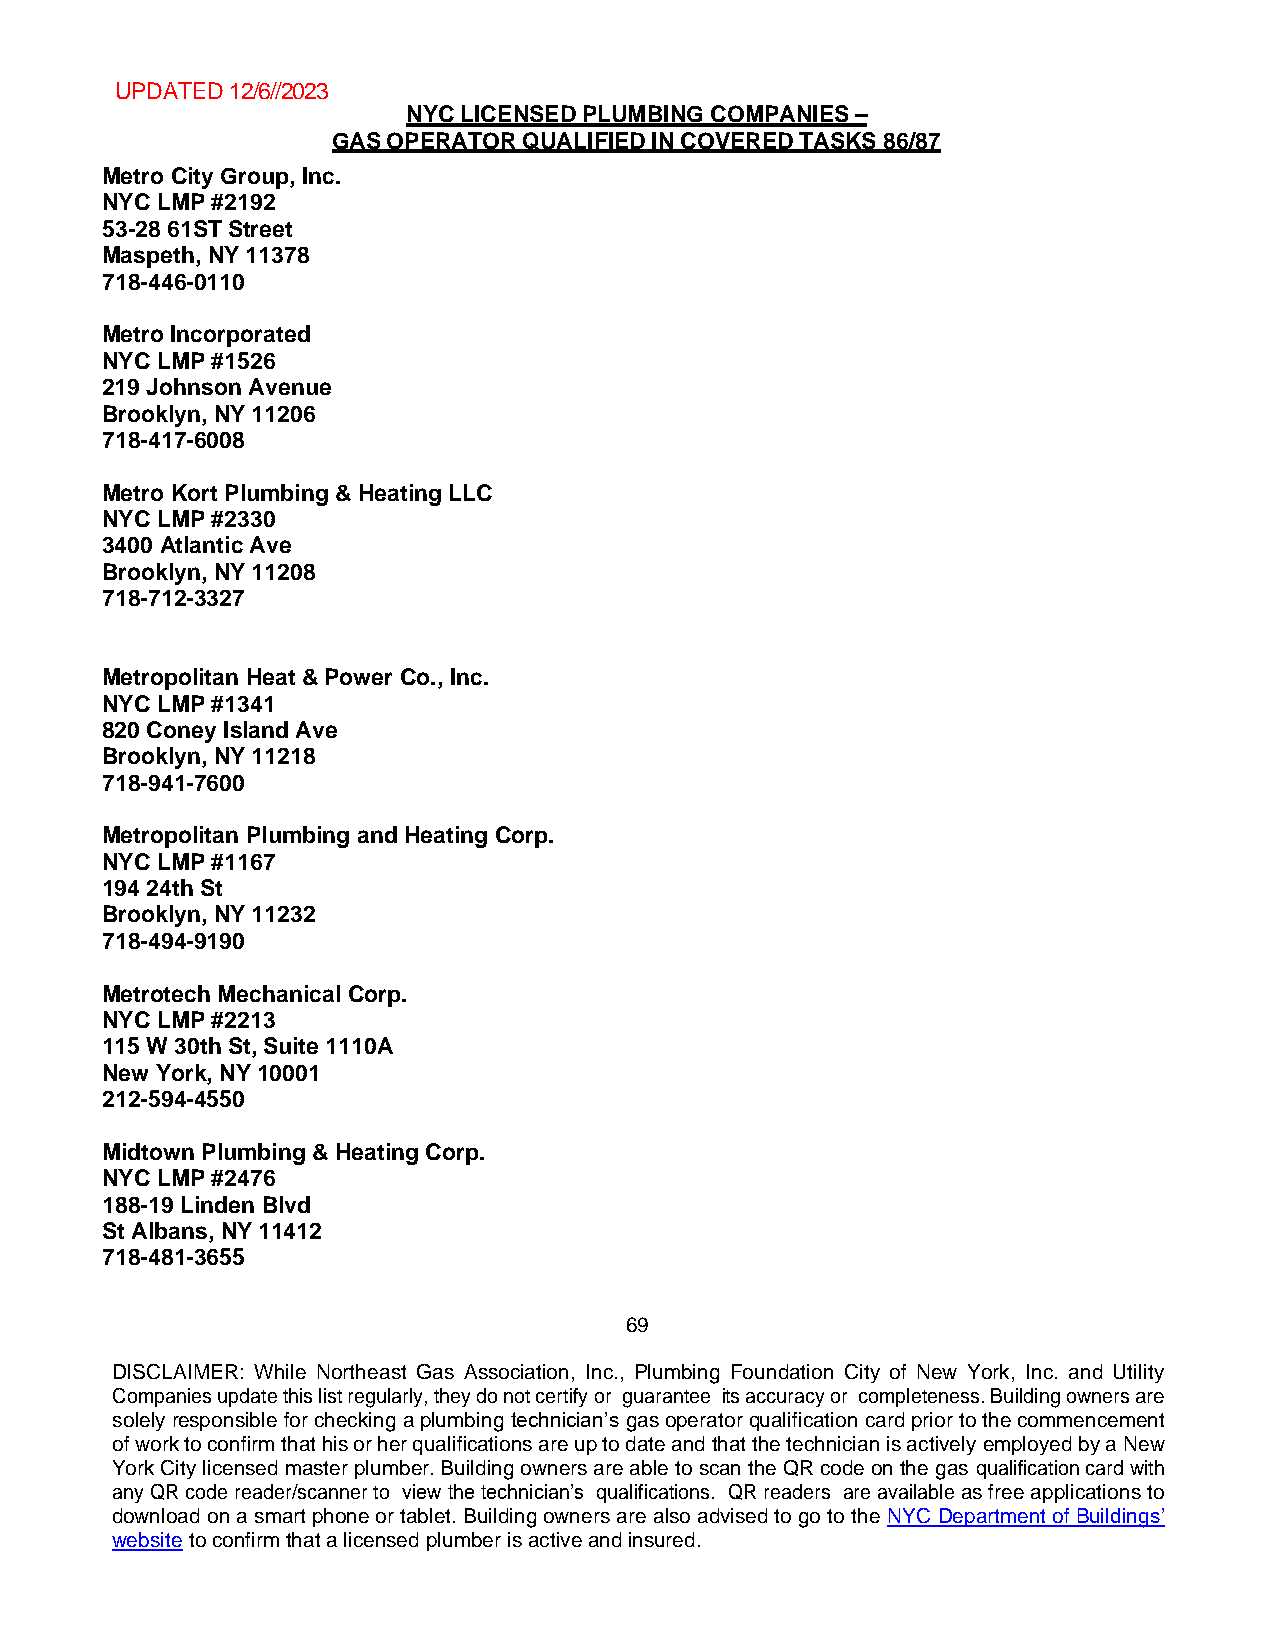
UPDATED 12/6//2023
 NYC LICENSED PLUMBING COMPANIES –
 GAS OPERATOR QUALIFIED IN COVERED TASKS 86/87
 Metro City Group, Inc.
 NYC LMP #2192
 53-28 61ST Street
 Maspeth, NY 11378
 718-446-0110
 Metro Incorporated
 NYC LMP #1526
 219 Johnson Avenue
 Brooklyn, NY 11206
 718-417-6008
 Metro Kort Plumbing & Heating LLC
 NYC LMP #2330
 3400 Atlantic Ave
 Brooklyn, NY 11208
 718-712-3327
 Metropolitan Heat & Power Co., Inc.
 NYC LMP #1341
 820 Coney Island Ave
 Brooklyn, NY 11218
 718-941-7600
 Metropolitan Plumbing and Heating Corp.
 NYC LMP #1167
 194 24th St
 Brooklyn, NY 11232
 718-494-9190
 Metrotech Mechanical Corp.
 NYC LMP #2213
 115 W 30th St, Suite 1110A
 New York, NY 10001
 212-594-4550
 Midtown Plumbing & Heating Corp.
 NYC LMP #2476
 188-19 Linden Blvd
 St Albans, NY 11412
 718-481-3655
 69
 DISCLAIMER: While Northeast Gas Association, Inc., Plumbing Foundation City of New York, Inc. and Utility
 Companies update this list regularly, they do not certify or guarantee its accuracy or completeness. Building owners are
 solely responsible for checking a plumbing technician’s gas operator qualification card prior to the commencement
 of work to confirm that his or her qualifications are up to date and that the technician is actively employed by a New
 York City licensed master plumber. Building owners are able to scan the QR code on the gas qualification card with
 any QR code reader/scanner to view the technician’s qualifications. QR readers are available as free applications to
 download on a smart phone or tablet. Building owners are also advised to go to the NYC Department of Buildings’
 website to confirm that a licensed plumber is active and insured.